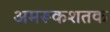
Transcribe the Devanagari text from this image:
अमरूकशतक